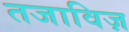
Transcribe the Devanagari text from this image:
तजाविज़